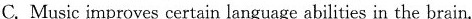
C. Music improves certain language abilities in the brain.